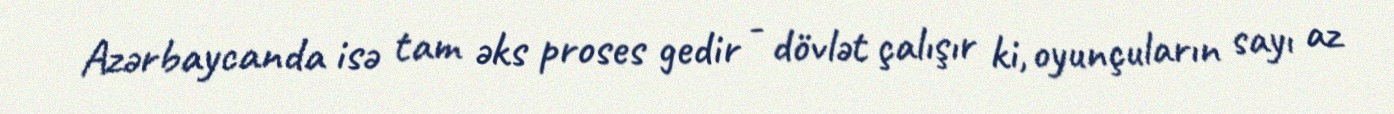
Azərbaycanda isə tam əks proses gedir - dövlət çalışır ki, oyunçuların sayı az